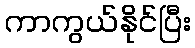
ကာကွယ်နိုင်ပြီး